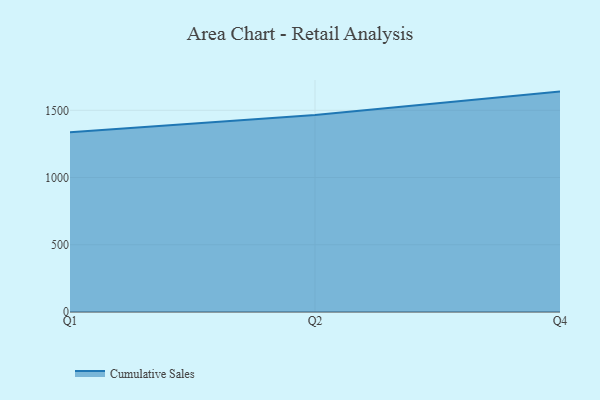
{"axis": {"x": "Quarter", "y": "Bounce Rate (%)"}, "legend": ["Cumulative Sales"], "data": [{"x": "Q1", "y": 1336.0, "type": "Cumulative Sales"}, {"x": "Q2", "y": 1465.6, "type": "Cumulative Sales"}, {"x": "Q4", "y": 1639.1, "type": "Cumulative Sales"}]}